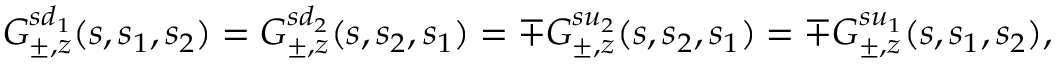
{ \cal G } _ { \pm , z } ^ { s d _ { 1 } } ( s , s _ { 1 } , s _ { 2 } ) = { \cal G } _ { \pm , z } ^ { s d _ { 2 } } ( s , s _ { 2 } , s _ { 1 } ) = \mp { \cal G } _ { \pm , z } ^ { s u _ { 2 } } ( s , s _ { 2 } , s _ { 1 } ) = \mp { \cal G } _ { \pm , z } ^ { s u _ { 1 } } ( s , s _ { 1 } , s _ { 2 } ) ,